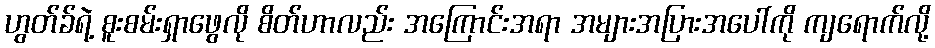
ဟွတ်ခ်ရဲ့ စူးစမ်းရှာဖွေလို စိတ်ဟာလည်း အကြောင်းအရာ အများအပြားအပေါ်ကို ကျရောက်လို့